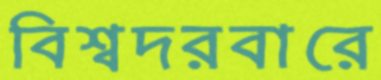
বিশ্বদরবারে